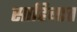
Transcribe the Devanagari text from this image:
साहिबात